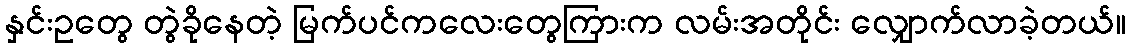
နှင်းဥတွေ တွဲခိုနေတဲ့ မြက်ပင်ကလေးတွေကြားက လမ်းအတိုင်း လျှောက်လာခဲ့တယ်။